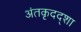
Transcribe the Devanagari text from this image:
अंतकृदद्शा